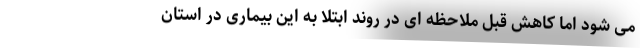
می شود اما کاهش قبل ملاحظه ای در روند ابتلا به این بیماری در استان